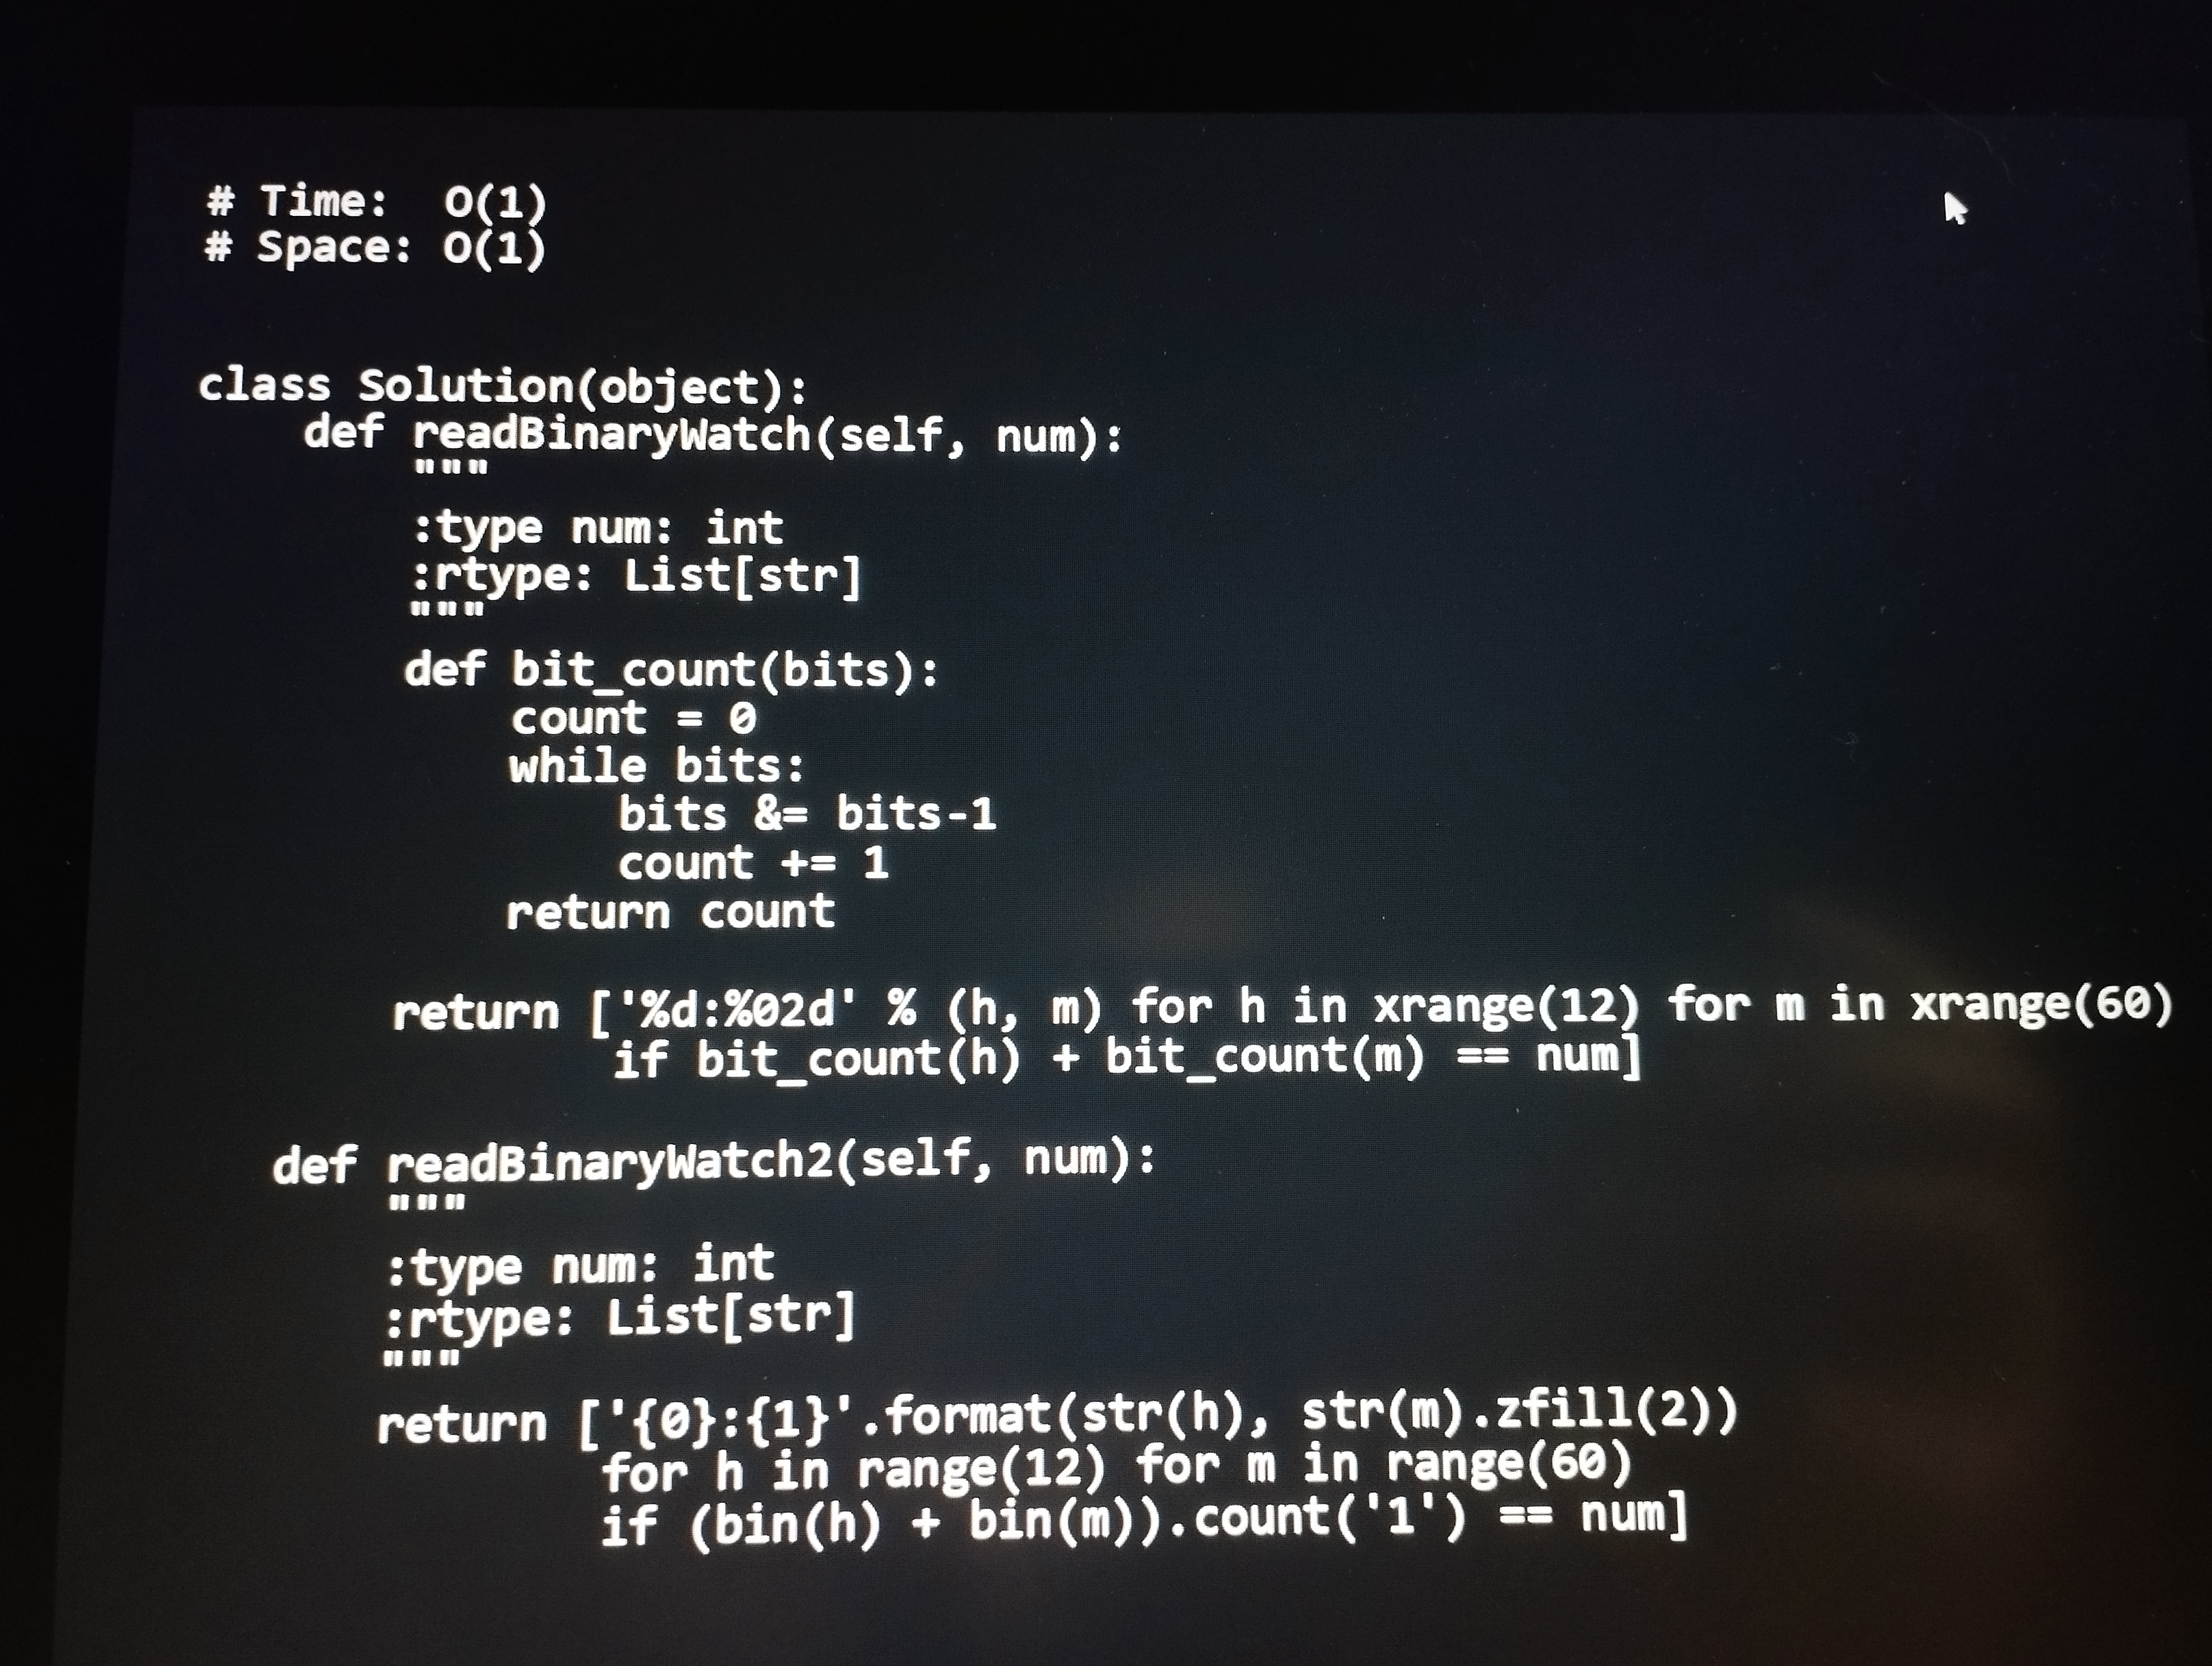
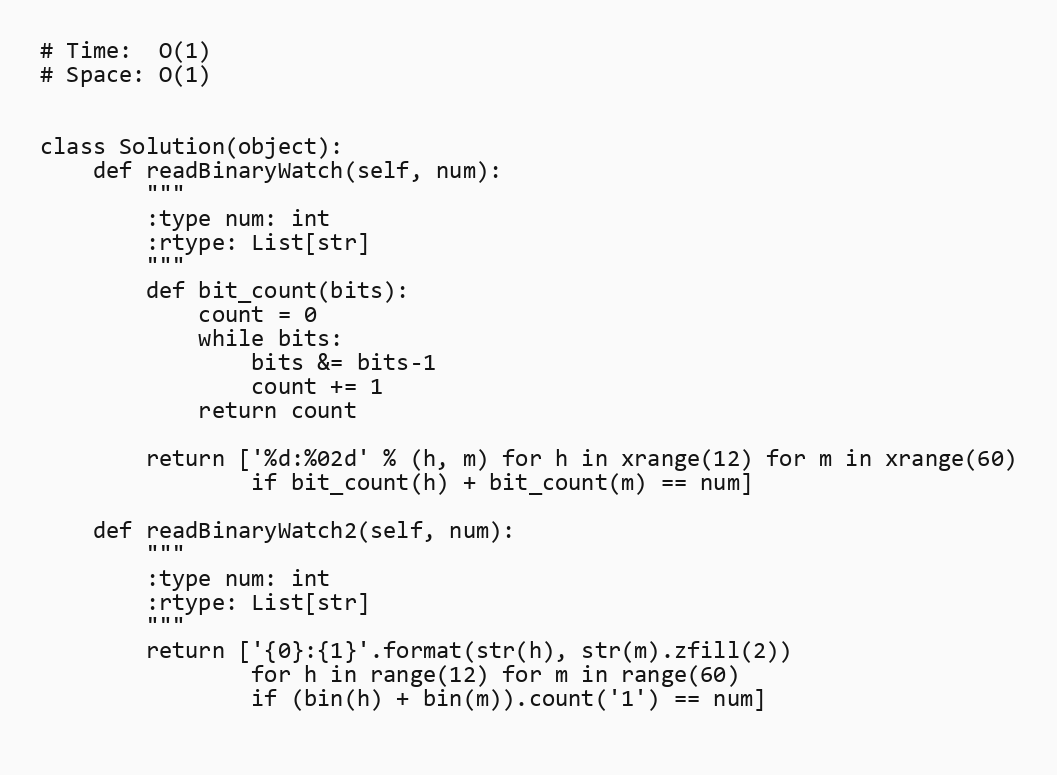
# Time:  O(1)
# Space: O(1)

class Solution(object):
    def readBinaryWatch(self, num):
        """
        :type num: int
        :rtype: List[str]
        """
        def bit_count(bits):
            count = 0
            while bits:
                bits &= bits-1
                count += 1
            return count

        return ['%d:%02d' % (h, m) for h in xrange(12) for m in xrange(60)
                if bit_count(h) + bit_count(m) == num]

    def readBinaryWatch2(self, num):
        """
        :type num: int
        :rtype: List[str]
        """
        return ['{0}:{1}'.format(str(h), str(m).zfill(2))
                for h in range(12) for m in range(60)
                if (bin(h) + bin(m)).count('1') == num]